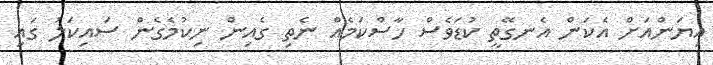
އިޔަންއަށް އެކަން އެނގޭތީ ކުޑަވެސް ހާސްކަމެއް ނެތި ގެއިން ނިކުމެގެން ސައިކަލު ގައި